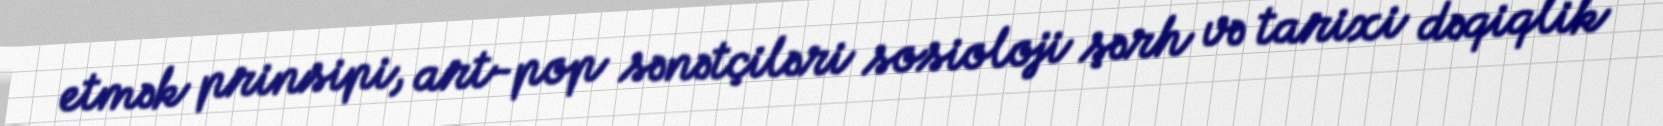
etmək prinsipi, art-pop sənətçiləri sosioloji şərh və tarixi dəqiqlik